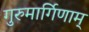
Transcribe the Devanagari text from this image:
गुरुमार्गिणाम्